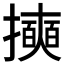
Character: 𱡄